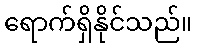
ရောက်ရှိနိုင်သည်။